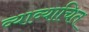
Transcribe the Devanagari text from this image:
व्याव्याचित